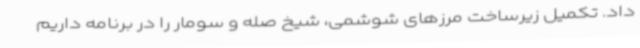
داد. تکمیل زیرساخت‌ مرزهای شوشمی، شیخ صله و سومار را در برنامه داریم